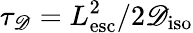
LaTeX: \tau_{\mathscr{D}}=L_{\mathrm{{esc}}}^{2}/2\mathscr{D}_{\mathrm{{iso}}}